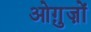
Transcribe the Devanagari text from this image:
ओग़ुज़ों